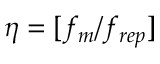
\eta = [ f _ { m } / f _ { r e p } ]